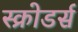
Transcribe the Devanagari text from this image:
स्क्रोडर्स